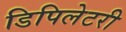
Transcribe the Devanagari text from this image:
डिपिलेटरी